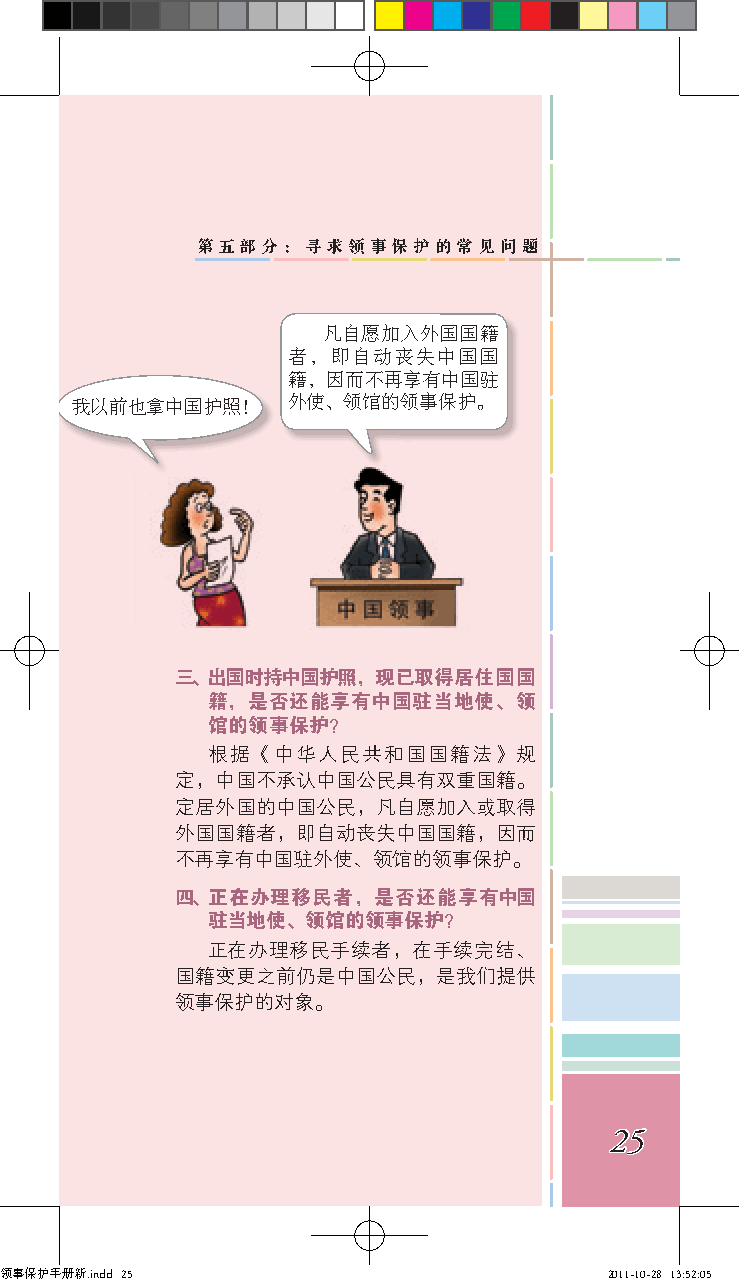
第五部分：寻求领事保护的常见问题
 凡自愿加入外国国籍
 者，即自动丧失中国国
 籍，因而不再享有中国驻
 我以前也拿中国护照！    外使、领馆的领事保护。
 三、出国时持中国护照，现已取得居住国国
 籍，是否还能享有中国驻当地使、领
 馆的领事保护？
 根据《中华人民共和国国籍法》规
 定，中国不承认中国公民具有双重国籍。
 定居外国的中国公民，凡自愿加入或取得
 外国国籍者，即自动丧失中国国籍，因而
 不再享有中国驻外使、领馆的领事保护。
 四、正在办理移民者，是否还能享有中国
 驻当地使、领馆的领事保护？
 正在办理移民手续者，在手续完结、
 国籍变更之前仍是中国公民，是我们提供
 领事保护的对象。
 25
 领事保护手册新.indd 25                         2011-10-28 13:52:05